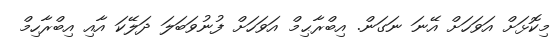
މިކޮޅަށް އަވަހަށް އޭނަ ނަގަން. އިބްރާޙިމް އަވަހަށް ފުނުވަބަލަ ދަލޭކަ އާއި އިބްރާހިމް